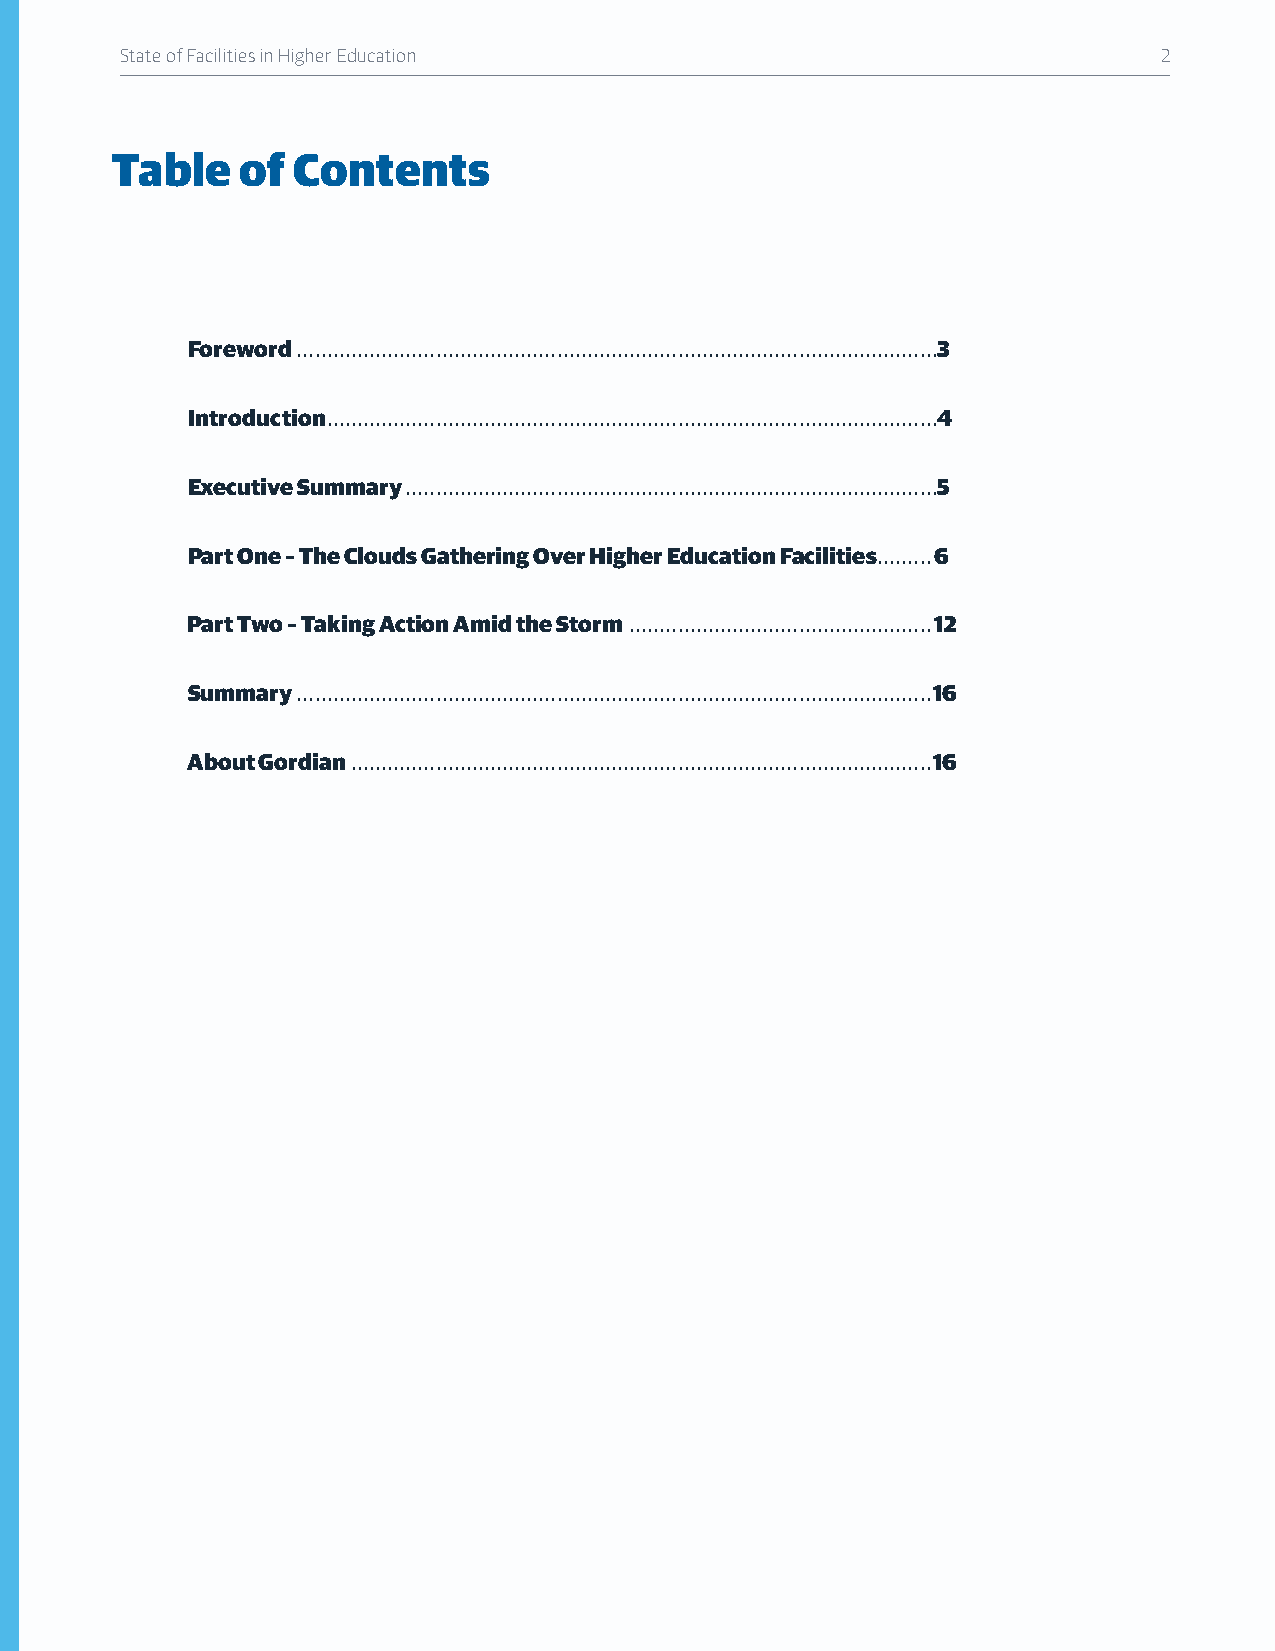
State of Facilities in Higher Education                              2
 Table    of Contents
 Foreword ..........................................................................................................3
 Introduction .....................................................................................................4
 Executive Summary ........................................................................................5
 Part One – The Clouds Gathering Over Higher Education Facilities .........6
 Part Two – Taking Action Amid the Storm ..................................................12
 Summary .........................................................................................................16
 About Gordian ................................................................................................16